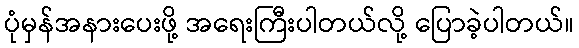
ပုံမှန်အနားပေးဖို့ အရေးကြီးပါတယ်လို့ ပြောခဲ့ပါတယ်။